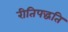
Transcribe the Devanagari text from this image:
रीतिपद्धति